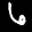
Label: 6